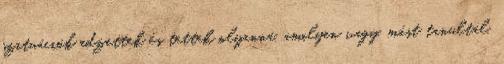
szituációk edzettek és tettek olyanná, amilyen vagy, mást tanultál,